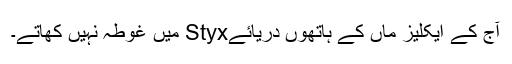
آج کے ایکلیز ماں کے ہاتھوں دریائےStyx میں غوطہ نہیں کھاتے۔